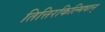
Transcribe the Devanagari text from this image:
तित्तिरकिल्मिषान्